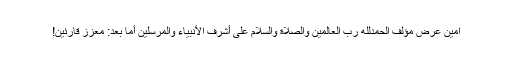
آمین عرض مؤلف الحمدلله رب العالمين والصلاة والسلام على أشرف الأنبياء والمرسلين أما بعد: معزز قارئین!